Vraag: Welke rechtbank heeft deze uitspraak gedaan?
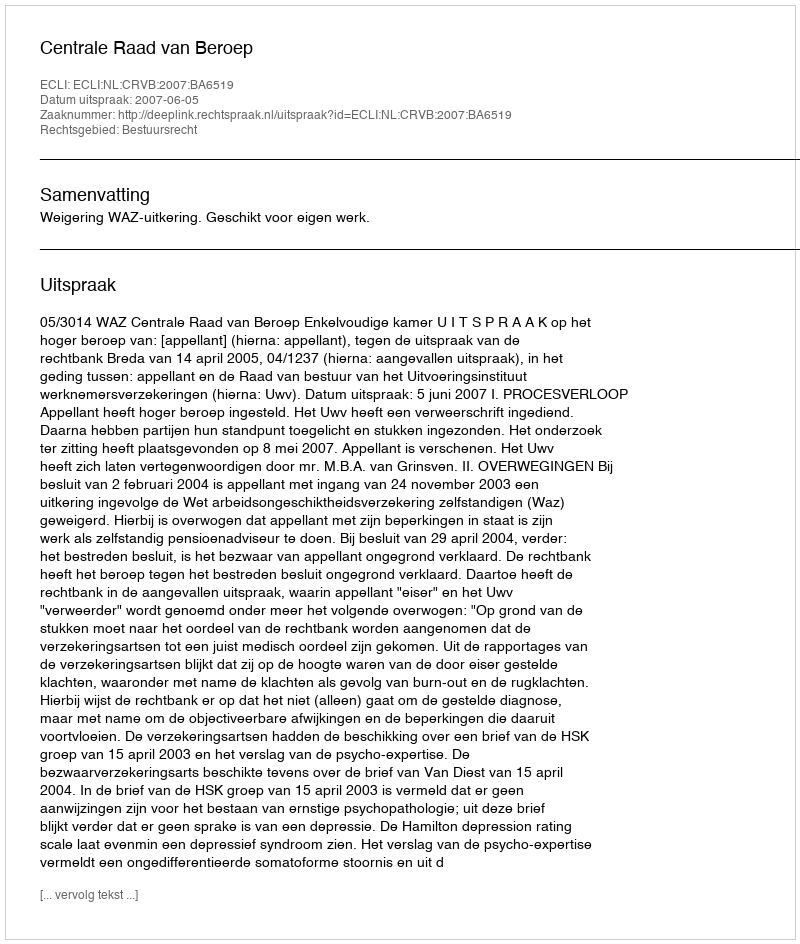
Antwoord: Centrale Raad van Beroep